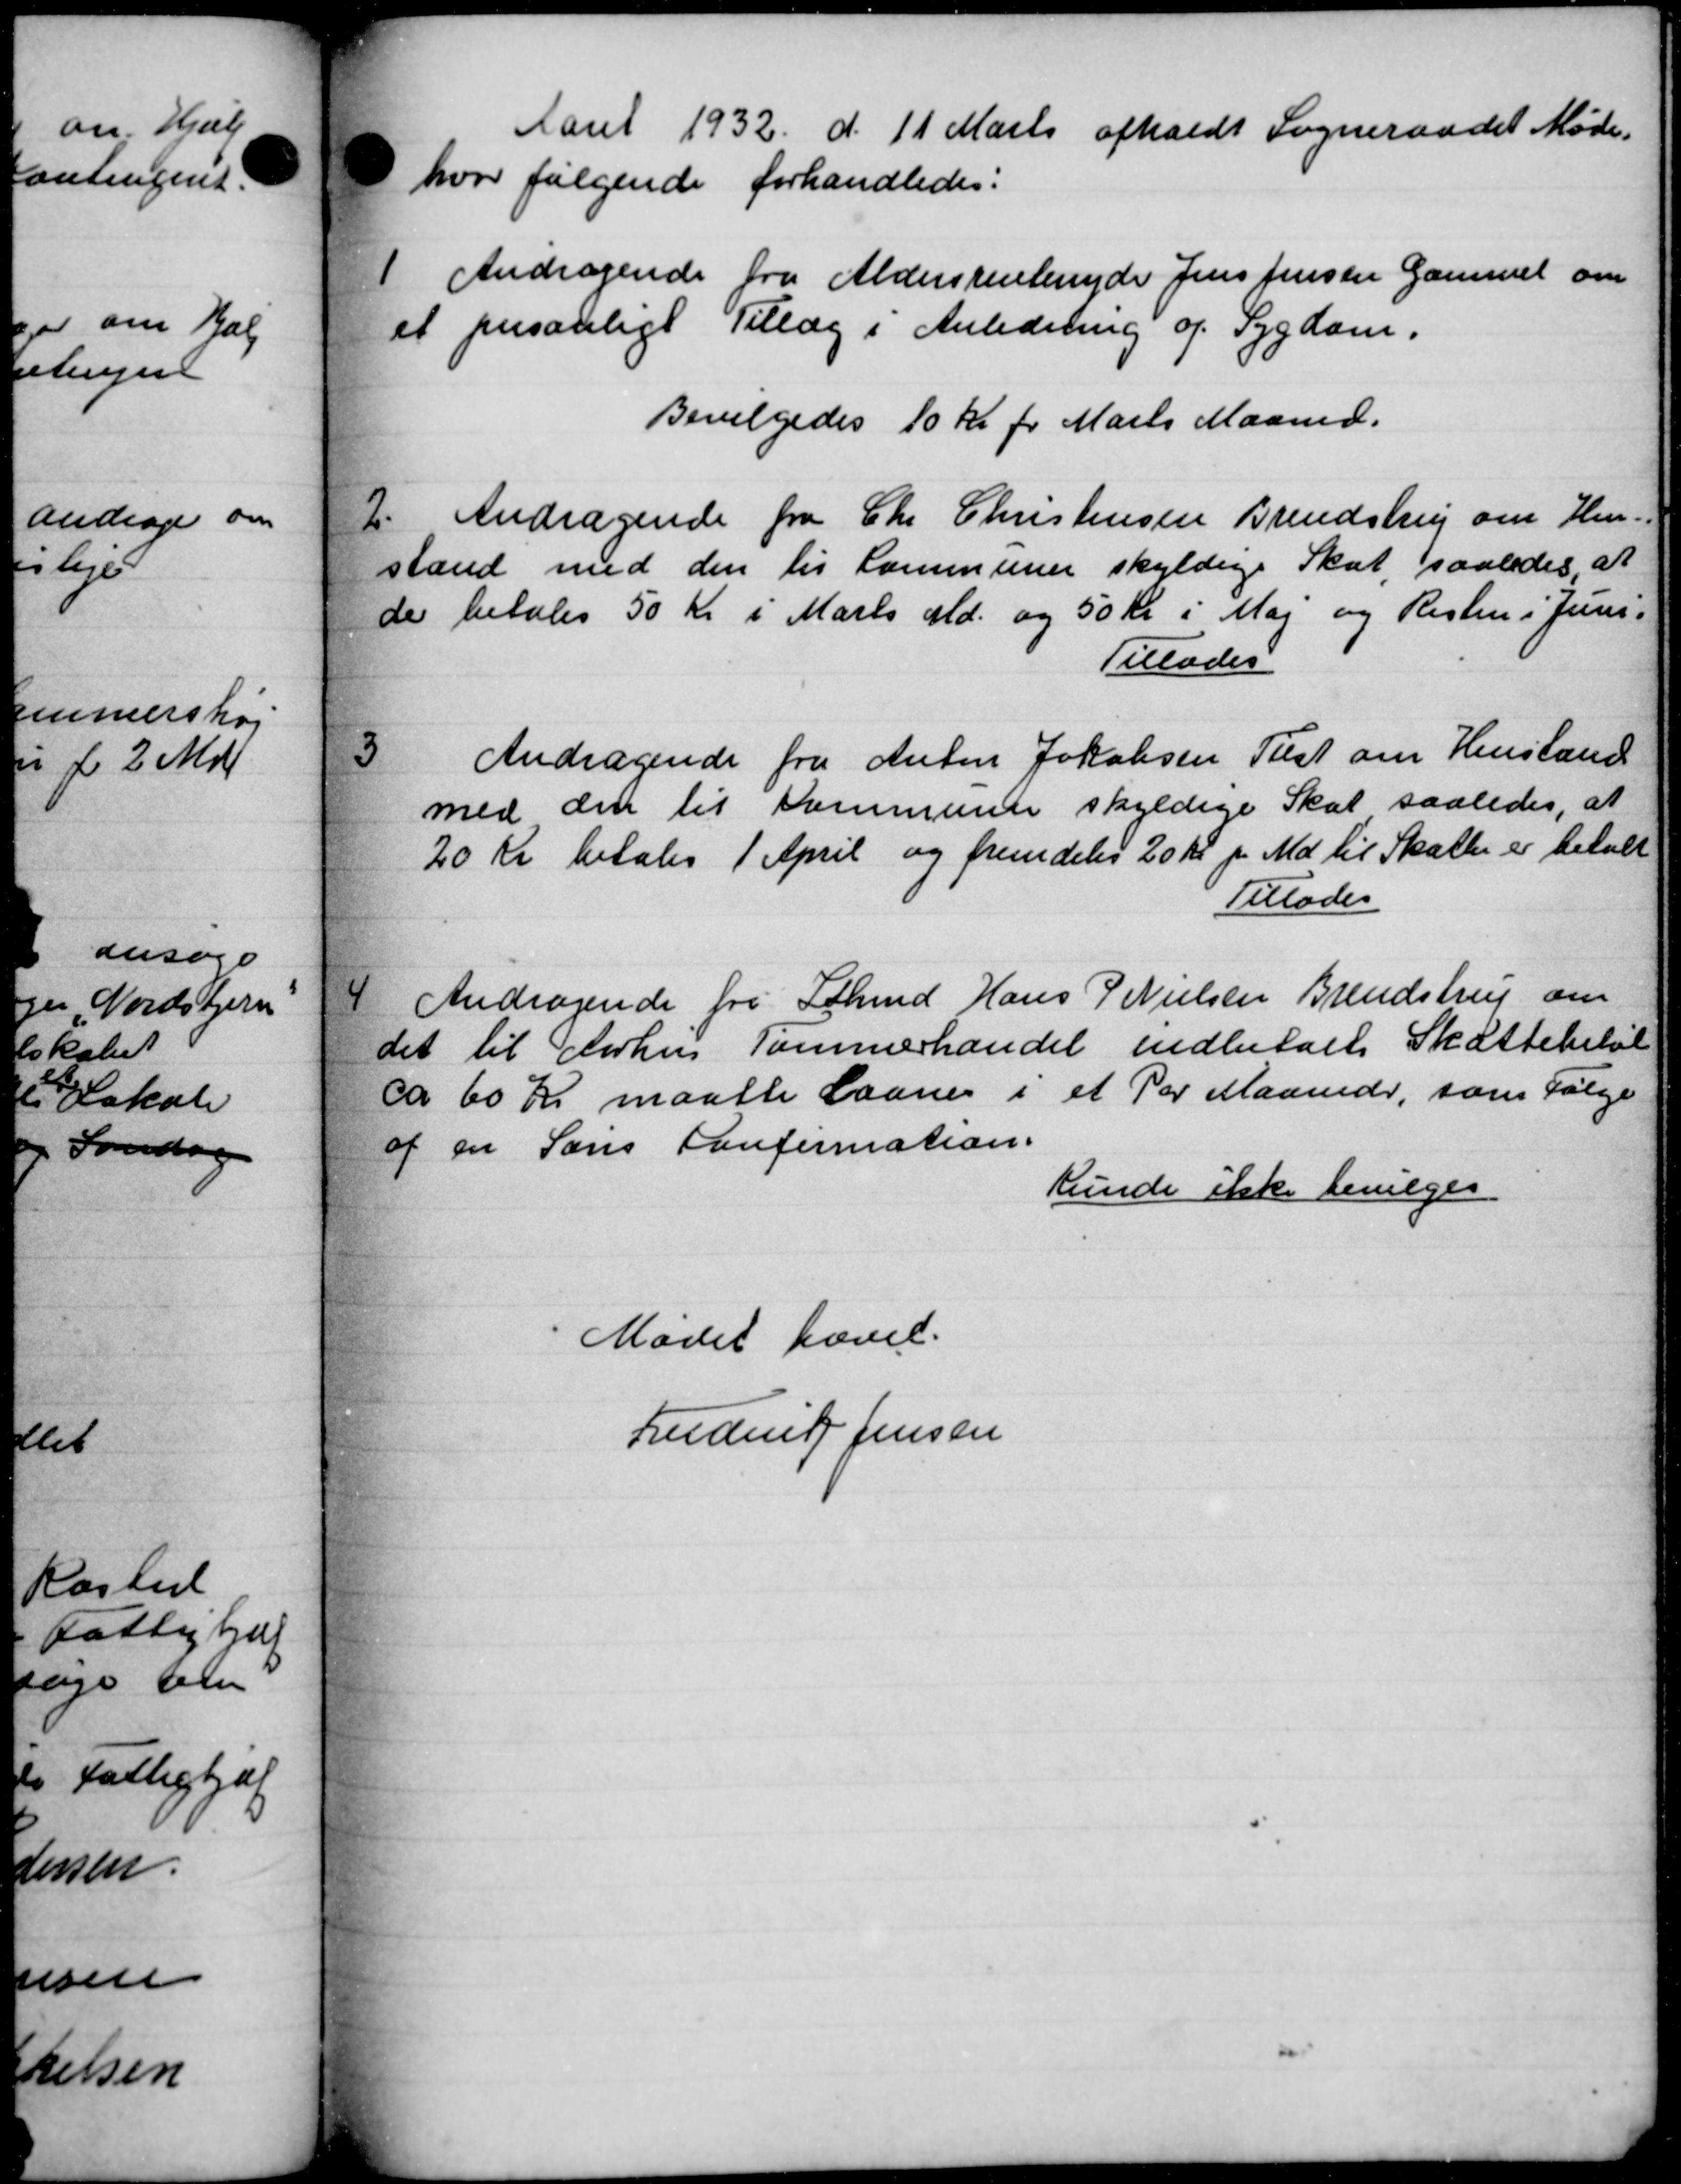
Transskription:
Aaret 1932 d. 11 Marts afholdt Sogneraadet Møde.
hvor følgende forhandledes:
1 Andragende fra Aldersrentenyder Jens Jensen Gammel om
et personligt Tillæg i Anledning og Sygdom.
Bevilgedes 10 Kr pr Marts Maaned.
2
Andragende fra Chr Christensen Brendstrup om Hen-
stand med den til Kommunen skyldige Skat, saaledes at
de betales 50 Kr i Marts Md. og 50 kr i Maj og Resten i Juni.
Tillades
3
Andragende fra Anton Jakobsen Teest om Henstand
med den til Kommunen skyldige Skat saaledes, at
20 Kr betales 1 April og fremdeles 20 Kr. pr. Md. til Skatter er betalt
Tillades
4
 Andragende fra Sthmd Hans P Nielsen Brendstrup om
det til Aarhus Tommerhandel indbetalt Skattebeløb
ca 60 Kr maatte Laane i et Par Maanede, som Følge
af en Søns Konfirmation.
Runde ikke bevilges
Mødet hævet.
Frederik Jensen